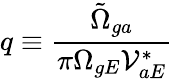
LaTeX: q\equiv\frac{\tilde{\Omega}_{ga}}{\pi\Omega_{gE}\mathcal{V}_{aE}^{*}}